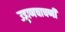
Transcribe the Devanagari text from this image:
उड्डाणचाचणी